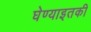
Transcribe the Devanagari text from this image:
घेण्याइतकी